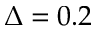
\Delta = 0 . 2